Vital statistics of India. Vol. VI, European troops 1870-79
Year: 1870
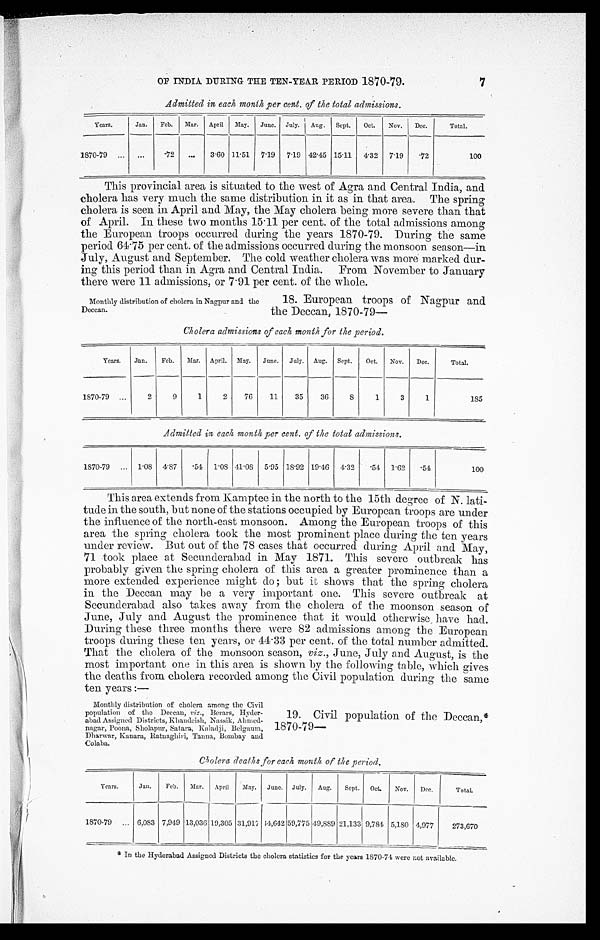
OF INDIA DURING THE TEN-YEAR PERIOD 1870-79.
Admitted in each month per cent. of the total admissions.
Years.
Jan.
Feb.
Mar.
April. May.
June.
July.
Aug.
Sept.
Oct.
Nov.
Dec.
Total.
1870-79
...
.72
...
3.60 11.51
7.19
7.19 42.45 15.11 4.32
7.19
.72
100
This provincial area is situated to the west of Agra and Central India, and
cholera has very much the same distribution in it as in that area. The spring
cholera is seen in April and May, the May cholera being more severe than that
of April. In these two months 15 . 11 per cent. of the total admissions among
the European troops occurred during the years 1870-79. During the same
period 64.75 per cent. of the admissions occurred during the monsoon season—in
July, August and September. The cold weather cholera was more marked dur-
ing this period than in Agra and Central India. From November to January
there were 11 admissions, or 7.91 per cent. of the whole.
7
Monthly distribution of cholera in Nagpur and the
Deccan.
18. European troops of Nagpur and
the Deccan, 1870-79--
Cholera admissions of each month for the period.
Years.
Jan.
Feb.
Mar. April.
May.
June.
July. Aug.
Sept.
Oct.
Nov.
Dec.
Total.
1870-79
...
2
9
1
2
76
11
35
36
8
1
3
1
185
Admitted in each month per cent. of the total admissions.
1870-79
...
1.08
4.87
.54
1.08 41.08
5 . 95 18.92 19.46 4.32 .54 1.62
.54
100
This area extends from Kamptee in the north to the 15th degree of N. lati-
tude in the south, but none of the stations occupied by European troops are under
the influence of the north-east monsoon. Among the European troops of this
area the spring cholera took the most prominent place during the ten years
under review. But out of the 78 cases that occurred during April and May,
71 took place at Secunderabad in May 1871. This severe outbreak has
probably given the spring cholera of this area a greater prominence than a
more extended experience might do ; but it shows that the spring cholera
in the Deccan may be a very important one. This severe outbreak at
Secunderabad also takes away from the cholera of the moonson season of
June, July and August the prominence that it would otherwise have had.
During these three months there were 82 admissions among the European
troops during these ten years, or 44 . 33 per cent. of the total number admitted.
That the cholera of the monsoon season, viz ., June, July and August, is the
most important one in this area is shown by the following table, which gives
the deaths from cholera recorded among the Civil population during the same
ten years :—
Monthly distribution of cholera among the Civil
population of the Deccan, viz ., Berars, Hyder-
abad Assigned Districts, Khandeish, Nassik, Ahmed-
nagar, Poona, Sholapnr, Satara, Kaladji, Belgium,
Dharwar, Kanara, Ratuaghiri, Tauna, Bombay and
Colaba.
19. Civil population of the Deccan,'
1870-79—
Cholera deaths for each month of the period.
Years.
Jan.
Feb.
Mar.
April
May.
June. July.
Aug.
Sept.
Oct.
Nov.
Dec.
Total.
1870-79
... 6,083 7,949 13,036 19,305 31,917 14,642 59,775 49,889 21,133 9,784 5,180 4,977
273,670
*In the Hyderabad Assigned Districts the cholera statistics for the years 1870-74 were not available.